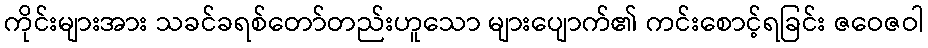
ကိုင်းများအား သခင်ခရစ်တော်တည်းဟူသော များပျောက်၏ ကင်းစောင့်ရခြင်း ဇဝေဇဝါ